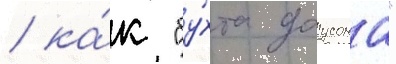
/ ка́к "бу́хта доусона"